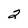
Character: 2